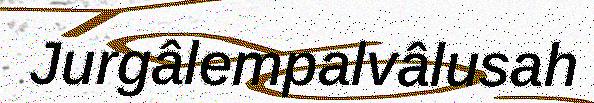
Jurgâlempalvâlusah